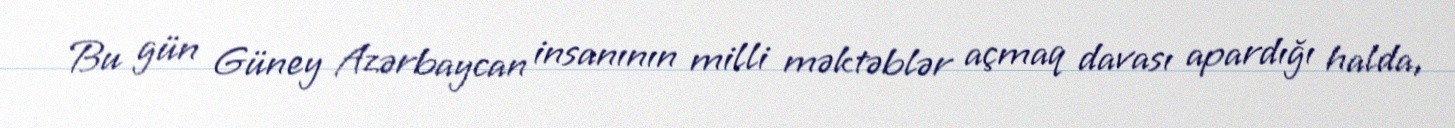
Bu gün Güney Azərbaycan insanının milli məktəblər açmaq davası apardığı halda,